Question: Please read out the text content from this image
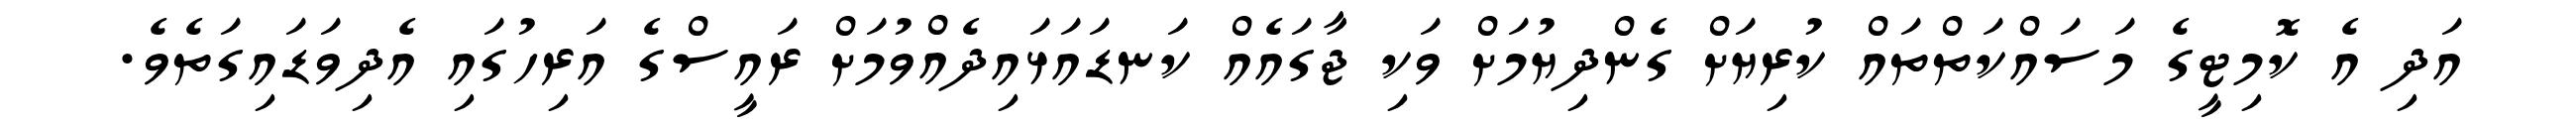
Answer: އަދި އެ ކޮމިޓީގެ މަސައްކަތްތައް ކުރިޔަށް ގެންދިޔުމަށް ވަކި ޖާގައެއް ކަނޑައަޅައިދެއްވުމަށް ރައީސްގެ އަރިހުގައި އެދިވަޑައިގަތެވެ.